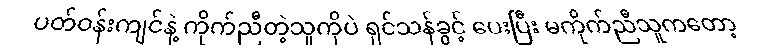
ပတ်ဝန်းကျင်နဲ့ ကိုက်ညီတဲ့သူကိုပဲ ရှင်သန်ခွင့် ပေးပြီး မကိုက်ညီသူကတော့